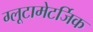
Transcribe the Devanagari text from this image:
ग्लूटामेटर्जिक